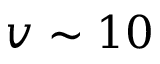
v \sim 1 0